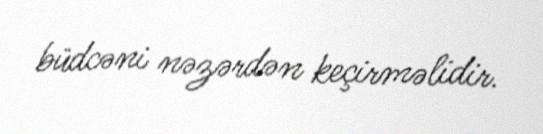
büdcəni nəzərdən keçirməlidir.